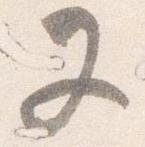
又